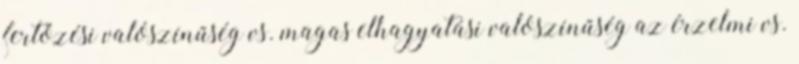
fertőzési valószínűség vs. magas elhagyatási valószínűség az érzelmi vs.